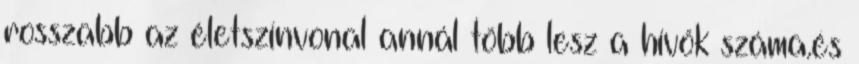
rosszabb az életszínvonal annál több lesz a hívők száma.és